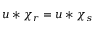
u * \chi _ { r } = u * \chi _ { s }